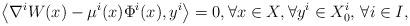
LaTeX: \begin{align*}\big\langle \nabla^{i} W(x) - \mu^i (x) \Phi^{i}(x) , y^i \big\rangle = 0, \forall x \in X, \forall y^i \in X^i_0, \, \forall i\in I,\end{align*}